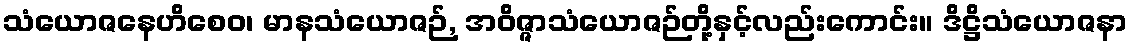
သံယောဇနေဟိစေဝ၊ မာနသံယောဇဉ်, အဝိဇ္ဇာသံယောဇဉ်တို့နှင့်လည်းကောင်း။ ဒိဋ္ဌိသံယောဇနာ